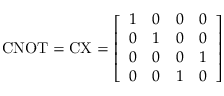
{ \mathrm { C N O T } } = { \mathrm { C X } } = { \left[ \begin{array} { l l l l } { 1 } & { 0 } & { 0 } & { 0 } \\ { 0 } & { 1 } & { 0 } & { 0 } \\ { 0 } & { 0 } & { 0 } & { 1 } \\ { 0 } & { 0 } & { 1 } & { 0 } \end{array} \right] }